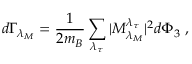
d \Gamma _ { \lambda _ { M } } = \frac { 1 } { 2 m _ { B } } \sum _ { \lambda _ { \tau } } | { \cal M } _ { \lambda _ { M } } ^ { \lambda _ { \tau } } | ^ { 2 } d \Phi _ { 3 } \; ,